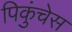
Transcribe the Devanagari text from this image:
पिकुंचेस